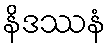
နိဒဿနံ